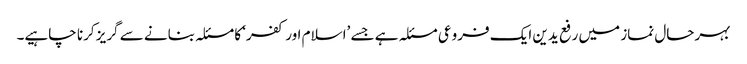
بہرحال نماز میں رفع یدین ایک فروعی مسئلہ ہے جسے ’اسلام اور کفر‘ کا مسئلہ بنانے سے گریز کرنا چاہیے۔